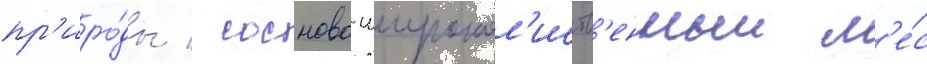
пр'иро́ды / сосново-широкол'иств'енныи л'е́с